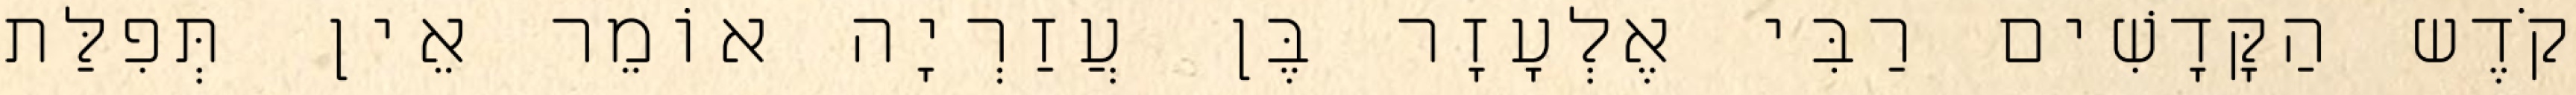
קֹדֶש הַקָּדָשִׁים רַבִּי אֶלְעָזָר בֶּן עֲזַרְיָה אוֹמֵר אֵין תְּפִלַּת